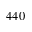
4 4 0